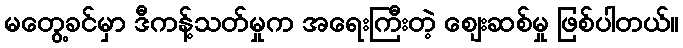
မတွေ့ခင်မှာ ဒီကန့်သတ်မှုက အရေးကြီးတဲ့ ဈေးဆစ်မှု ဖြစ်ပါတယ်။